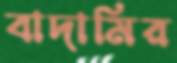
বাদামির